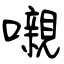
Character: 嚫